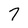
Character: 7